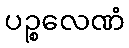
ပဉ္စလေဏံ